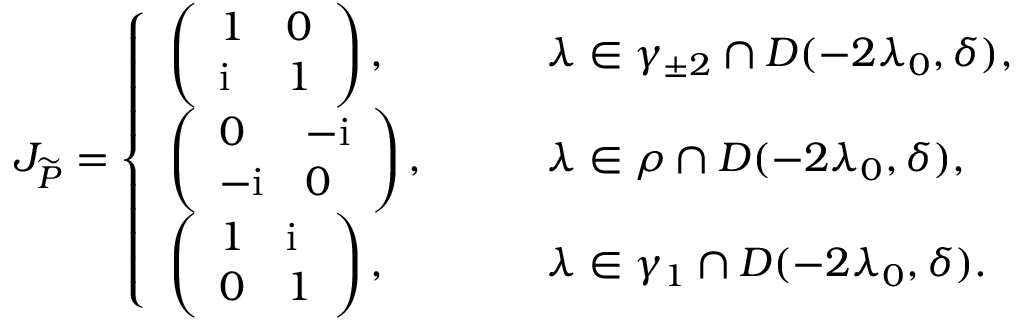
J _ { \widetilde { P } } = \left\{ \begin{array} { l l } { \left( \begin{array} { l l } { 1 } & { 0 } \\ { \mathrm { i } } & { 1 } \end{array} \right) , } & { \qquad \lambda \in \gamma _ { \pm 2 } \cap D ( - 2 \lambda _ { 0 } , \delta ) , } \\ { \left( \begin{array} { l l } { 0 } & { - \mathrm { i } } \\ { - \mathrm { i } } & { 0 } \end{array} \right) , } & { \qquad \lambda \in \rho \cap D ( - 2 \lambda _ { 0 } , \delta ) , } \\ { \left( \begin{array} { l l } { 1 } & { \mathrm { i } } \\ { 0 } & { 1 } \end{array} \right) , } & { \qquad \lambda \in \gamma _ { 1 } \cap D ( - 2 \lambda _ { 0 } , \delta ) . } \end{array} \right.